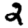
Digit: 2